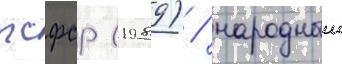
рсфср (1989) / народныи